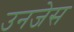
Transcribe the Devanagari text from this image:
उनजेस